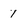
Character: 1